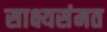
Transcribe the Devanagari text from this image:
साक्ष्यसंमत